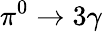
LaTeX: \pi^{0}\rightarrow 3\gamma